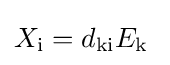
X_{\mathrm {i} }=d_{\mathrm {ki} }E_{\mathrm {k} }\;